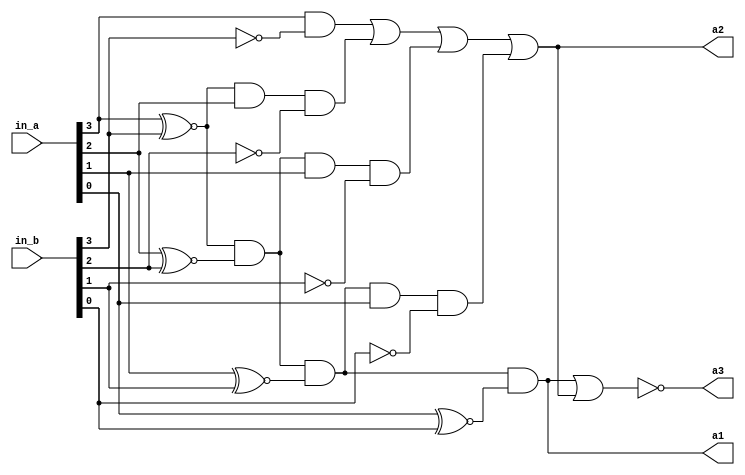
`timescale 1ns/1ns
module Mag_Comp
(
    input [3:0]in_a,
    input [3:0]in_b,
    output a1, a2, a3
);

    wire [3:0] x;
    
    genvar i;

    generate
    for(i=3; i>=0; i=i-1)
    begin
        assign x[i] = (in_a[i] ~^ in_b[i]);
    end
    endgenerate

    assign a1 = x[3] & x[2] & x[1] & x[0];
    assign a2 =   in_a[3] & ~(in_b[3])
                | x[3] & in_a[2] & ~(in_b[2])
                | x[3] & x[2] & in_a[1] & ~(in_b[1])
                | x[3] & x[2] & x[1] & in_a[0] & ~(in_b[0]);

    assign a3 = ~(a1 | a2);

endmodule

module Mag_Comp_tb;
    reg [3:0] in_a;
    reg [3:0] in_b;
    wire answer1, answer2, answer3;

    Mag_Comp M1(.in_a(in_a), .in_b(in_b), .a1(answer1), .a2(answer2), .a3(answer3));

    initial
    begin
        $dumpfile("Mag_Comp.vcd");
        $dumpvars(0, Mag_Comp_tb);
    end

    initial
    begin
        in_a = 4'b0110;
        in_b = 4'b0110;
        #30; 

        in_a = 4'b0101;
        in_b = 4'b1001;
        #30;

        in_a = 4'b0110;
        in_b = 4'b1110;
        #30; 

        in_a = 4'b0000;
        in_b = 4'b0000;
        #30;

        in_a = 4'b1111;
        in_b = 4'b1111;
        #30; 

        in_a = 4'b0001;
        in_b = 4'b0000;
        #30;

        in_a = 4'b1010;
        in_b = 4'b0101;
        #30; 

        in_a = 4'b1110;
        in_b = 4'b0011;
        #30;
    end

    initial
    begin
        $monitor("A = %b\tB = %b\t %b %b %b", in_a, in_b, answer1, answer2, answer3);
    end
    
endmodule